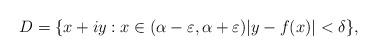
LaTeX: \begin{align*}D=\{x+iy:x\in(\alpha-\varepsilon,\alpha+\varepsilon)|y-f(x)|<\delta\},\end{align*}